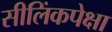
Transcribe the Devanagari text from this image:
सीलिंकपेक्षा